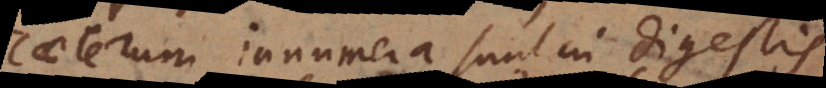
Caeterum innumera sunt in Digestis